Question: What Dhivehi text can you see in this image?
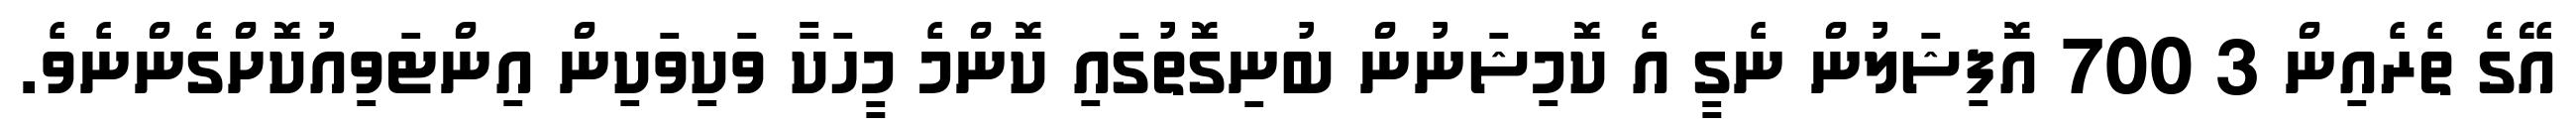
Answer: އޭގެ ތެރެއިން 3 700 އޮފިޝަލުން ނެގީ އެ ކޮމިޝަނުން ބުނިގޮތުގައި ކޮންމެ މީހަކާ ވަކިވަކިން އިންޓަވިއުކޮށްގެންނެވެ.